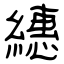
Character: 繐